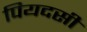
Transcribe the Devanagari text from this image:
पियदसी